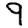
Digit: 9